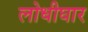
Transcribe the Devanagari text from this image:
लोधीघार